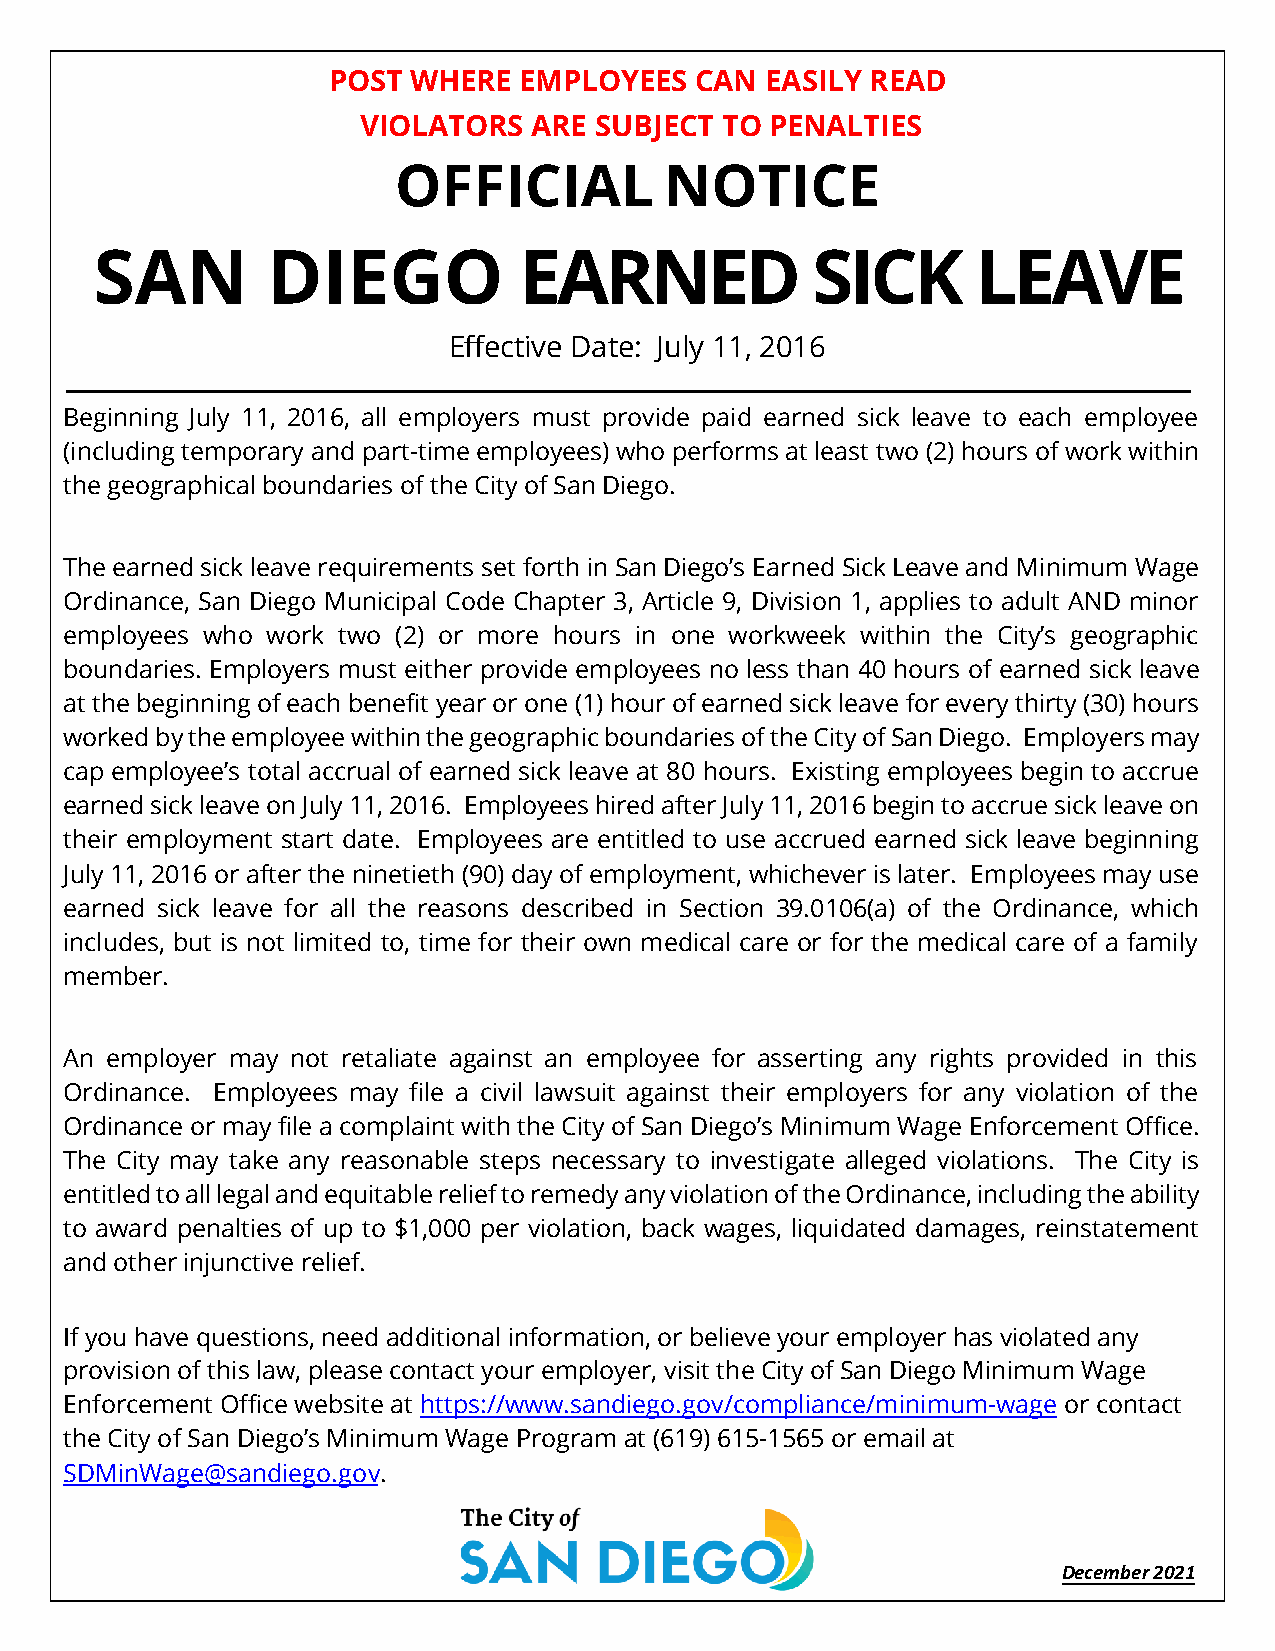
POST WHERE  EMPLOYEES   CAN  EASILY READ
 VIOLATORS  ARE SUBJECT  TO PENALTIES
 OFFICIAL          NOTICE
 SAN         DIEGO           EARNED              SICK       LEAVE
 Effective Date: July 11, 2016
 Beginning July 11, 2016, all employers must provide paid earned sick leave to each employee
 (including temporary and part-time employees) who performs at least two (2) hours of work within
 the geographical boundaries of the City of San Diego.
 The earned sick leave requirements set forth in San Diego’s Earned Sick Leave and Minimum Wage
 Ordinance, San Diego Municipal Code Chapter 3, Article 9, Division 1, applies to adult AND minor
 employees who work two (2) or more hours in one workweek within the City’s geographic
 boundaries. Employers must either provide employees no less than 40 hours of earned sick leave
 at the beginning of each benefit year or one (1) hour of earned sick leave for every thirty (30) hours
 worked by the employee within the geographic boundaries of the City of San Diego. Employers may
 cap employee’s total accrual of earned sick leave at 80 hours. Existing employees begin to accrue
 earned sick leave on July 11, 2016. Employees hired after July 11, 2016 begin to accrue sick leave on
 their employment start date. Employees are entitled to use accrued earned sick leave beginning
 July 11, 2016 or after the ninetieth (90) day of employment, whichever is later. Employees may use
 earned sick leave for all the reasons described in Section 39.0106(a) of the Ordinance, which
 includes, but is not limited to, time for their own medical care or for the medical care of a family
 member.
 An employer may not retaliate against an employee for asserting any rights provided in this
 Ordinance. Employees may file a civil lawsuit against their employers for any violation of the
 Ordinance or may file a complaint with the City of San Diego’s Minimum Wage Enforcement Office.
 The City may take any reasonable steps necessary to investigate alleged violations. The City is
 entitled to all legal and equitable relief to remedy any violation of the Ordinance, including the ability
 to award penalties of up to $1,000 per violation, back wages, liquidated damages, reinstatement
 and other injunctive relief.
 If you have questions, need additional information, or believe your employer has violated any
 provision of this law, please contact your employer, visit the City of San Diego Minimum Wage
 Enforcement Office website at https://www.sandiego.gov/compliance/minimum-wage or contact
 the City of San Diego’s Minimum Wage Program at (619) 615-1565 or email at
 SDMinWage@sandiego.gov.
 December 2021